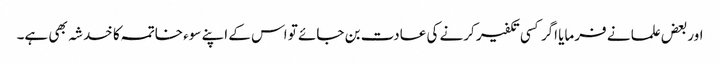
اوربعض علما نے فرمایا اگر کسی تکفیر کرنے کی عادت بن جائے تو اس کے اپنے سوء خاتمہ کا خدشہ بھی ہے۔